Vaccination in Burma 1920-1933 - 1920-1933
Year: 1920
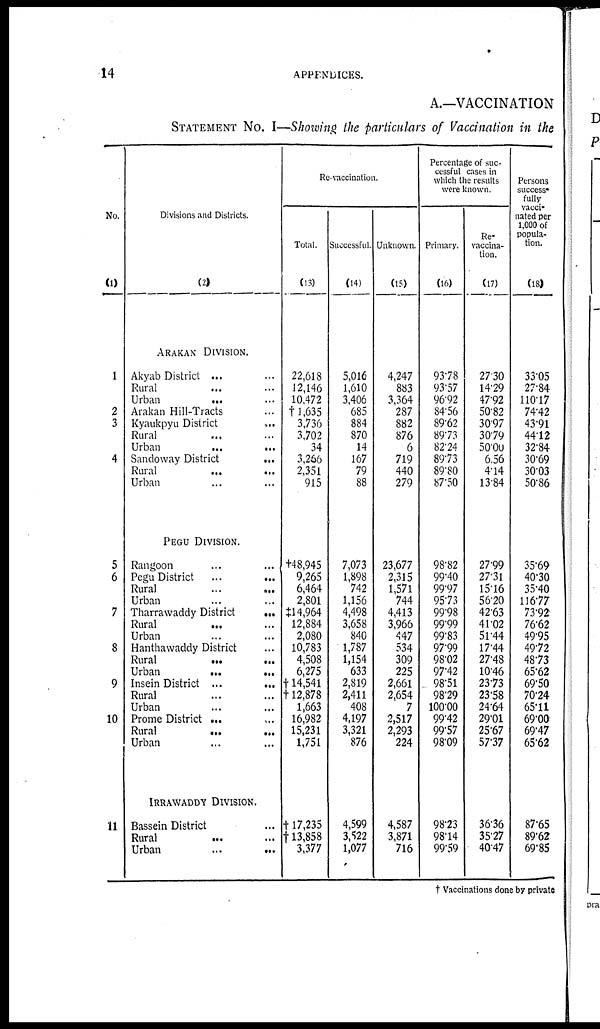
14
APPENDICES.
A.—VACCINATION
STATEMENT NO. I—Showing the particulars of Vaccination in the
No.
(1)
1
2
3
4
5
6
7
8
9
10
11
Divisions and Districts.
(2)
ARAKAN DIVISION.
Akyab District ... ...
Rural ... ...
Urban
... ...
Arakan Hill-Tracts ...
Kyaukpyu District ...
Rural ... ...
Urban
...
...
Sandoway District
...
Rural
... ...
Urban ... ...
PEGU DIVISION.
Rangoon
Pegu District
...
...
Rural
...
...
Urban ...
Tharrawaddy District
...
Rural
... ...
Urban ... ...
Hanthawaddy District ...
Rural
...
...
Urban
...
...
Insein District ...
...
Rural ... ...
Urban ... ...
Prome District ...
...
Rural
...
...
Urban ... ...
IRRAWADDY DIVISION.
Bassein District ...
Rural
... ...
Urban
...
...
Re-vaccination.
Total.
(13)
22,618
12,146
10,472
†1,635
3,736
3,702
34
3,266
2,351
915
†48,945
9,265
6,464
2,801
‡14,964
12,884
2,080
10,783
4,508
6,275
†14,541
†12,878
1,663
16,982
15,231
1,751
†17,235
†13,858
3,377
Successful.
(14)
5,016
1,610
3,406
685
884
870
14
167
79
88
7,073
1,898
742
1,156
4,498
3,658
840
1,787
1,154
633
2,819
2,411
408
4,197
3,321
876
4,599
3,522
1,077
Unknown.
(15)
4,247
883
3,364
287
882
876
6
719
440
279
23,677
2,315
1,571
744
4,413
3,966
447
534
309
225
2,661
2,654
7
2,517
2,293
224
4,587
3,871
716
Percentage of suc-
cessful cases in
which the results
were known.
Primary.
(16)
93.78
93.57
96.92
84.56
89.62
89.73
82.24
89.73
89.80
87.50
98.82
99.40
99.97
95.73
99.98
99.99
99.83
97.99
98.02
97.42
98.51
98.29
100.00
99.42
99.57
98.09
98.23
98.14
99.59
Re-
vaccina-
tion.
(17)
27.30
14.29
47.92
50.82
30.97
30.79
50.0U
6.56
4.14
13.84
27.99
27.31
15.16
56.20
42.63
41.02
51.44
17.44
27.48
10.46
23.73
23.58
24.64
29.01
25.67
57.37
36.36
35.27
40.47
Persons
success-
fully
vacci-
nated per
1,000 of
popula-
tion.
(18)
33.05
27.84
110.17
74.42
43.91
44.12
32.84
30.69
30.03
50.86
35.69
40.30
35.40
116.77
73.92
76.62
49.95
49.72
48.73
65.62
69.50
70.24
65.11
69.00
69.47
65.62
87.65
89.62
69.85
† Vaccinations done by private